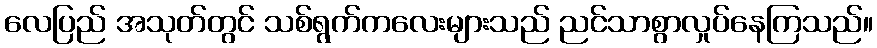
လေပြည် အသုတ်တွင် သစ်ရွက်ကလေးများသည် ညင်သာစွာလှုပ်နေကြသည်။